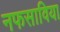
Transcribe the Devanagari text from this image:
नफसाविया